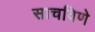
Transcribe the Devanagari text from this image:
साचविणे